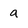
Character: a